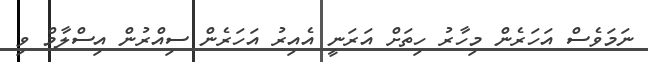
ނަމަވެސް އަހަރެން މިހާރު ހިތަށް އަރަނީ އެއިރު އަހަރެން ސިއްރުން އިސްލާމް ވި